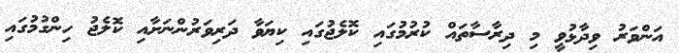
އަންވަރު ވިދާޅުވީ މި ދިރާސާތައް ކުރުމުގައި ކޮލެޖުގައި ކިޔަވާ ދަރިވަރުންނަށާއި ކޮލެޖު ހިންގުމުގައި